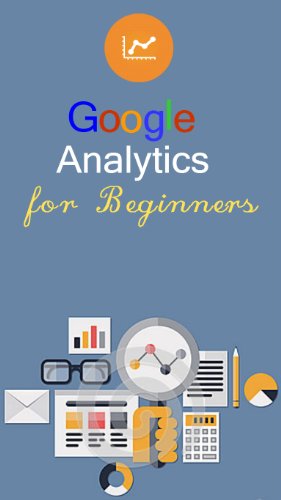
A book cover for Google Analytics for beginners; SSRG SOLUTIONS; Computers & Technology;